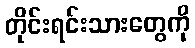
တိုင်းရင်းသားတွေကို